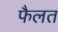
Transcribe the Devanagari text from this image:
फैलत